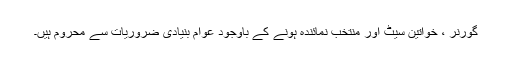
گورنر ، خواتین سیٹ اور منتخب نمائندہ ہونے کے باوجود عوام بنیادی ضروریات سے محروم ہیں۔